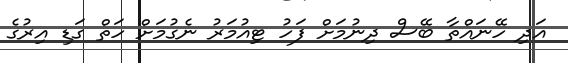
އަދި ހޭނައްތާ ބޭސް ދިނުމަށް ފަހު ޓިއުމަރު ނެގުމަށް ހަތް ގަޑި އިރުގެ